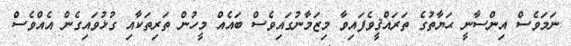
ނަމަވެސް އިންސާނީ ޙަޔާތުގެ ތަރައްޤީވެފައިވާ މިޒަމާނުގައިވެސް ބައެއް މީހުން ތަރިތަކާއި ގުޅުވައިގެން އެއްވެސް